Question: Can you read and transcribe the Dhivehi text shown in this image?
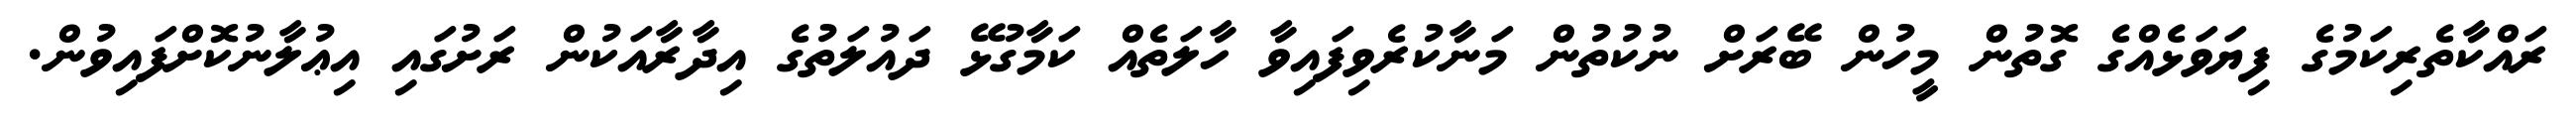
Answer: ރައްކާތެރިކަމުގެ ފިޔަވަޅެއްގެ ގޮތުން މީހުން ބޭރަށް ނުކުތުން މަނާކުރެވިފައިވާ ހާލަތެއް ކަމާގުޅޭ ދައުލަތުގެ އިދާރާއަކުން ރަށުގައި އިޢުލާނުކޮށްފައިވުން.